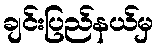
ချင်းပြည်နယ်မှ